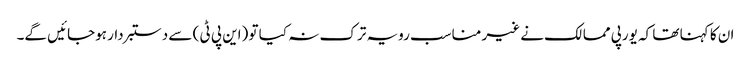
ان کا کہنا تھا کہ یورپی ممالک نے غیر مناسب رویہ ترک نہ کیا تو (این پی ٹی ) سے دستبردار ہوجائیں گے۔